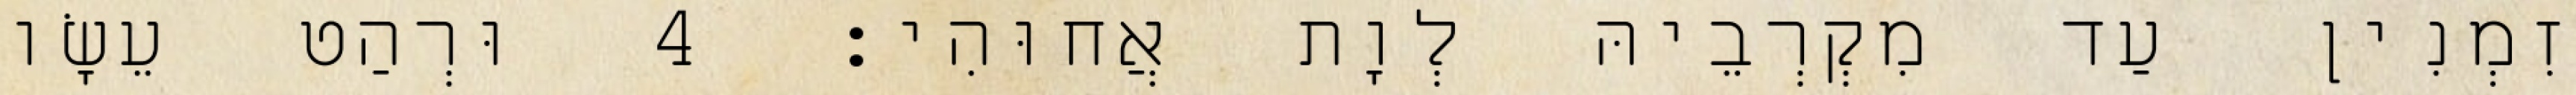
זִמְנִין עַד מִקְרְבֵיהּ לְוָת אֲחוּהִי׃ 4 וּרְהַט עֵשָׂו